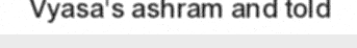
Vyasa's ashram and told